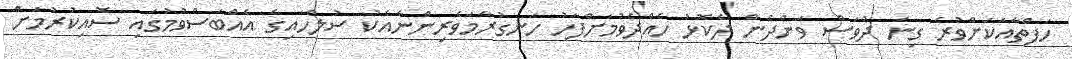
ހަފްތާއަކަށްވުރެ ގިނަ ދުވަސް ވަންދެން ދެކޮޅު ހެއްދެވުމަށްފަހު ހަނގުރާމަވެރިންނާއެކު ސުލްހައިގެ އެއްބަސްވުމުގައި ސޮއިކުރުމަށް